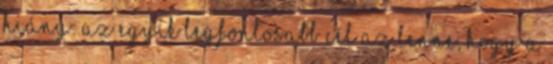
hiány: az egyik legfontosabb cél az lenne, hogy a